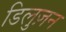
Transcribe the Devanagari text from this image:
डिलुज़न